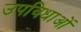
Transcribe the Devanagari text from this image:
उपविधाओं